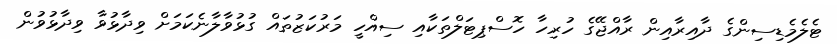
ޓެލެމެޑިސިންގެ ދާއިރާއިން ރާއްޖޭގެ ހުރިހާ ހޮސްޕިޓަލްތަކާއި ސިއްހީ މަރުކަޒުތައް ގުޅުވާލާނެކަމަށް ވިދާޅުވާ ވިދާޅުވުން